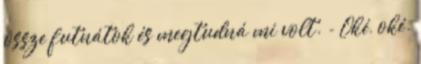
össze futnátok és megtudná mi volt. - Oké, oké.